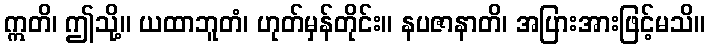
ဣတိ၊ ဤသို့။ ယထာဘူတံ၊ ဟုတ်မှန်တိုင်း။ နပဇာနာတိ၊ အပြားအားဖြင့်မသိ။